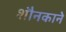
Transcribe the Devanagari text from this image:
शौनकाने